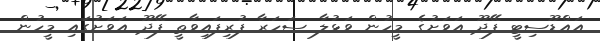
އައްޑޫސިޓީ ފޭދޫ އަވަށުގެ މީހުން ވަޅުލާ ސަހަރާ ފުރިފައިވާތީ ފޭދޫ އަވަށުގައި މީހުން